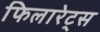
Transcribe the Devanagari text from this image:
फिलारेट्स